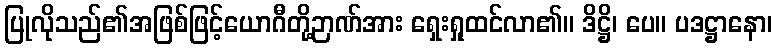
ပြုလိုသည်၏အဖြစ်ဖြင့်ယောဂီတို့ဉာဏ်အား ရှေးရှုထင်လာ၏။ ဒိဋ္ဌိ၊ ပေ။ ပဒဋ္ဌာနော၊